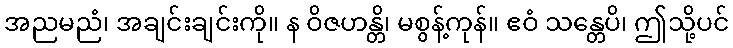
အညမညံ၊ အချင်းချင်းကို။ န ဝိဇဟန္တိ၊ မစွန့်ကုန်။ ဧဝံ သန္တေပိ၊ ဤသို့ပင်